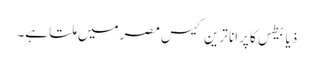
ذیابیطس کا پرانا ترین کیس مصر میں ملتا ہے۔